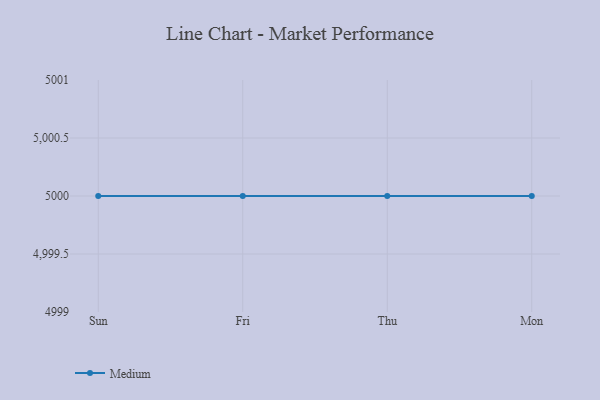
{"axis": {"x": "Day", "y": "Population (Million)"}, "legend": ["Medium"], "data": [{"x": "Sun", "y": 5000, "type": "Medium"}, {"x": "Fri", "y": 5000, "type": "Medium"}, {"x": "Thu", "y": 5000, "type": "Medium"}, {"x": "Mon", "y": 5000, "type": "Medium"}]}